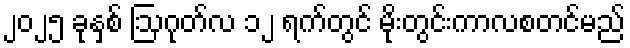
၂၀၂၅ ခုနှစ် ဩဂုတ်လ ၁၂ ရက်တွင် မိုးတွင်းကာလစတင်မည်